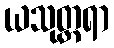
ယသုတ္တရာ